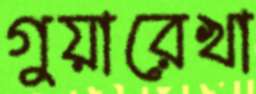
গুয়ারেখা